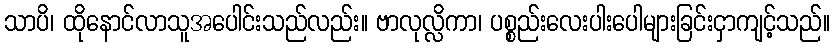
သာပိ၊ ထိုနောင်လာသူအပေါင်းသည်လည်း။ ဗာလုလ္လိကာ၊ ပစ္စည်းလေးပါးပေါများခြင်းငှာကျင့်သည်။